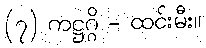
(၇) ကဋ္ဌဂ္ဂိ - ထင်းမီး။